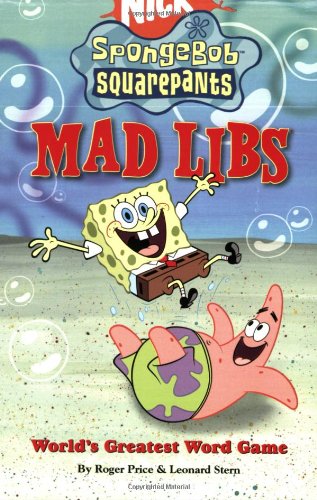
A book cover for SpongeBob SquarePants Mad Libs; Roger Price; Children's Books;